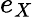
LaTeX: e_{X}